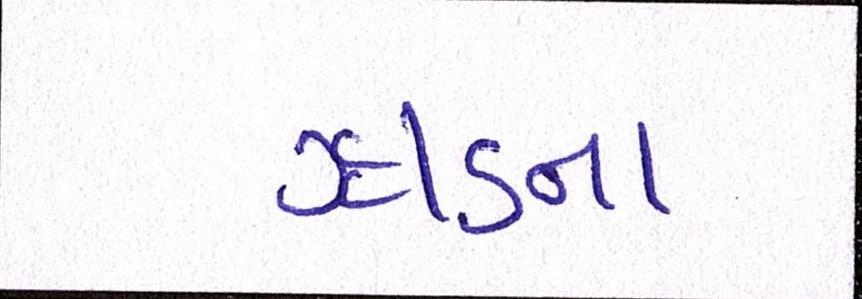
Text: ઝાડના